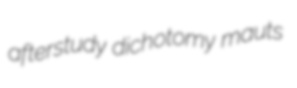
afterstudy dichotomy mauts